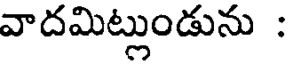
వాదమిట్లుండును :